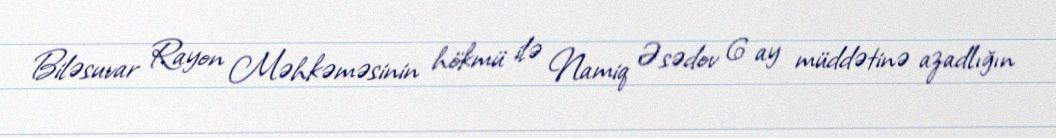
Biləsuvar Rayon Məhkəməsinin hökmü ilə Namiq Əsədov 6 ay müddətinə azadlığın